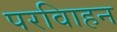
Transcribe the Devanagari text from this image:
परविाहन